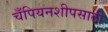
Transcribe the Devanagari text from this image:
चँपियनशीपसाठी